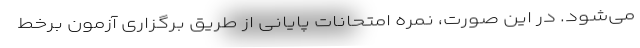
می‌شود. در این صورت، نمره امتحانات پایانی از طریق برگزاری آزمون برخط